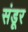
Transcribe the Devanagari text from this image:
संडूर